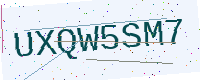
Text: UXQW5SM7